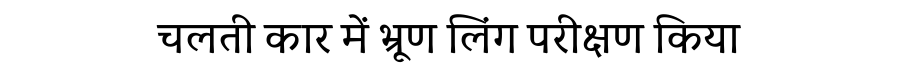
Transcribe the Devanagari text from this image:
चलती कार में भ्रूण लिंग परीक्षण किया